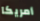
أمريكا